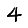
Digit: 4